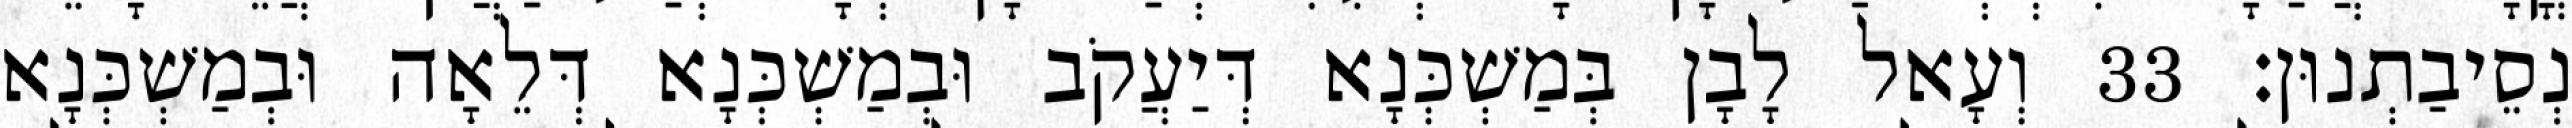
נְסֵיבַתְנוּן׃ 33 וְעָאל לָבָן בְּמַשְׁכְּנָא דְּיַעֲקֹב וּבְמַשְׁכְּנָא דְּלֵאָה וּבְמַשְׁכְּנָא